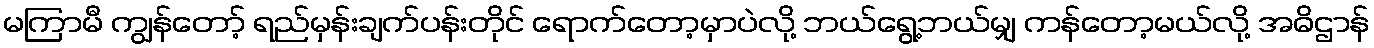
မကြာမီ ကျွန်တော့် ရည်မှန်းချက်ပန်းတိုင် ရောက်တော့မှာပဲလို့ ဘယ်ရွေ့ဘယ်မျှ ကန်တော့မယ်လို့ အဓိဌာန်